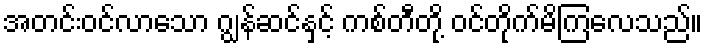
အတင်းဝင်လာသော ဂျွန်ဆင်နှင့် ကစ်တီတို့ ဝင်တိုက်မိကြလေသည်။